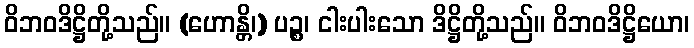
ဝိဘဝဒိဋ္ဌိတို့သည်။ (ဟောန္တိ၊) ပဉ္စ၊ ငါးပါးသော ဒိဋ္ဌိတို့သည်။ ဝိဘဝဒိဋ္ဌိယော၊